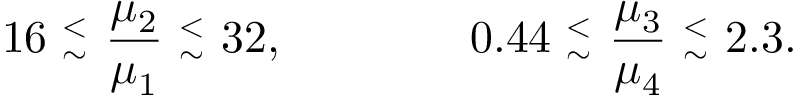
1 6 ~ { ^ < _ { \sim } } ~ { \frac { \mu _ { 2 } } { \mu _ { 1 } } } ~ { ^ < _ { \sim } } ~ 3 2 , \qquad \qquad 0 . 4 4 ~ { ^ < _ { \sim } } ~ { \frac { \mu _ { 3 } } { \mu _ { 4 } } } ~ { ^ < _ { \sim } } ~ 2 . 3 .